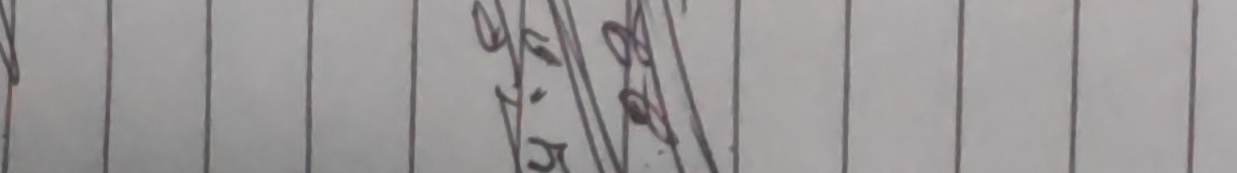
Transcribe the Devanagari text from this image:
अतिरहेक